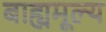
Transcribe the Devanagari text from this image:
बाह्यमूल्य